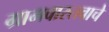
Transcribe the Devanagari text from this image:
ग्रामवास्तवाचे